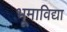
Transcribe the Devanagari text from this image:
भूमाविद्या